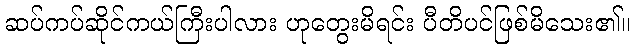
ဆပ်ကပ်ဆိုင်ကယ်ကြီးပါလား ဟုတွေးမိရင်း ပီတိပင်ဖြစ်မိသေး၏။